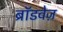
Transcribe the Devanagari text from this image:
ब्रॉडवेज़